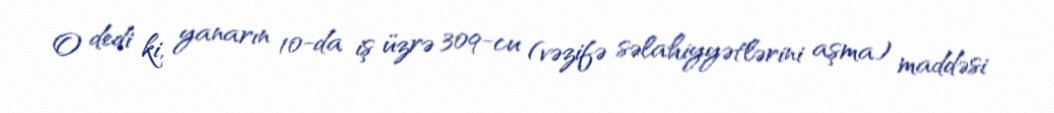
O dedi ki, yanarın 10-da iş üzrə 309-cu (vəzifə səlahiyyətlərini aşma) maddəsi